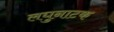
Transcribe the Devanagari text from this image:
लघुनाटक